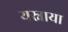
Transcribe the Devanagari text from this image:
यस्नाया